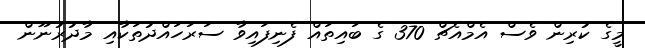
މީގެ ކުރިން ވެސް އެމްއެޗް 370 ގެ ބައިތައް ފެނިފައިވާ ސަރަހައްދުތަކާއި މާދުރުނޫން